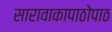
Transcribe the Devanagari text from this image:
सारावाकापाठोपाठ